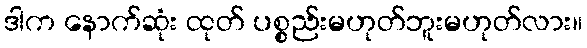
ဒါက နောက်ဆုံး ထုတ် ပစ္စည်းမဟုတ်ဘူးမဟုတ်လား။